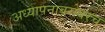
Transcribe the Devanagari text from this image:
अध्यापनाबरोबरच